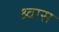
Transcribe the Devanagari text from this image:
श्र्वास